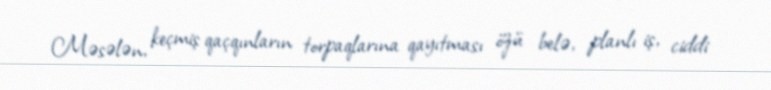
Məsələn, keçmiş qaçqınların torpaqlarına qayıtması özü belə, planlı iş, ciddi